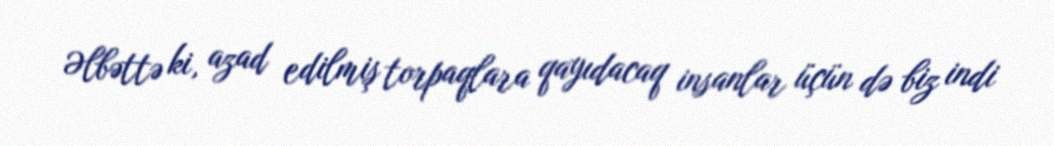
Əlbəttə ki, azad edilmiş torpaqlara qayıdacaq insanlar üçün də biz indi